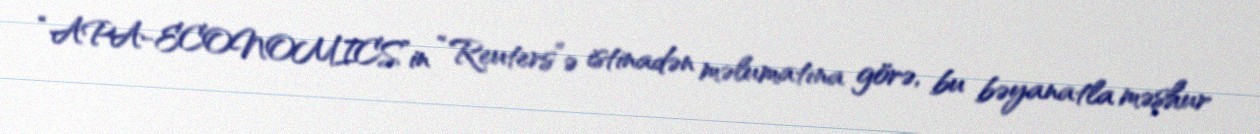
“APA-ECONOMICS”in “Reuters”ə istinadən məlumatına görə, bu bəyanatla məşhur